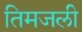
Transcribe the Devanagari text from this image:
तिमजली